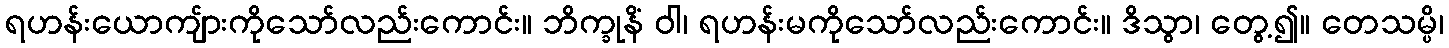
ရဟန်းယောကျ်ားကိုသော်လည်းကောင်း။ ဘိက္ခုနိံ ဝါ၊ ရဟန်းမကိုသော်လည်းကောင်း။ ဒိသွာ၊ တွေ့၍။ တေသမ္ပိ၊